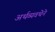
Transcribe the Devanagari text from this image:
अर्थव्यवथेने